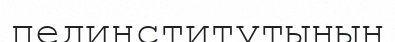
пединститутының